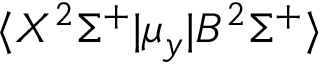
\langle X ^ { 2 } \Sigma ^ { + } | \mu _ { y } | B ^ { 2 } \Sigma ^ { + } \rangle